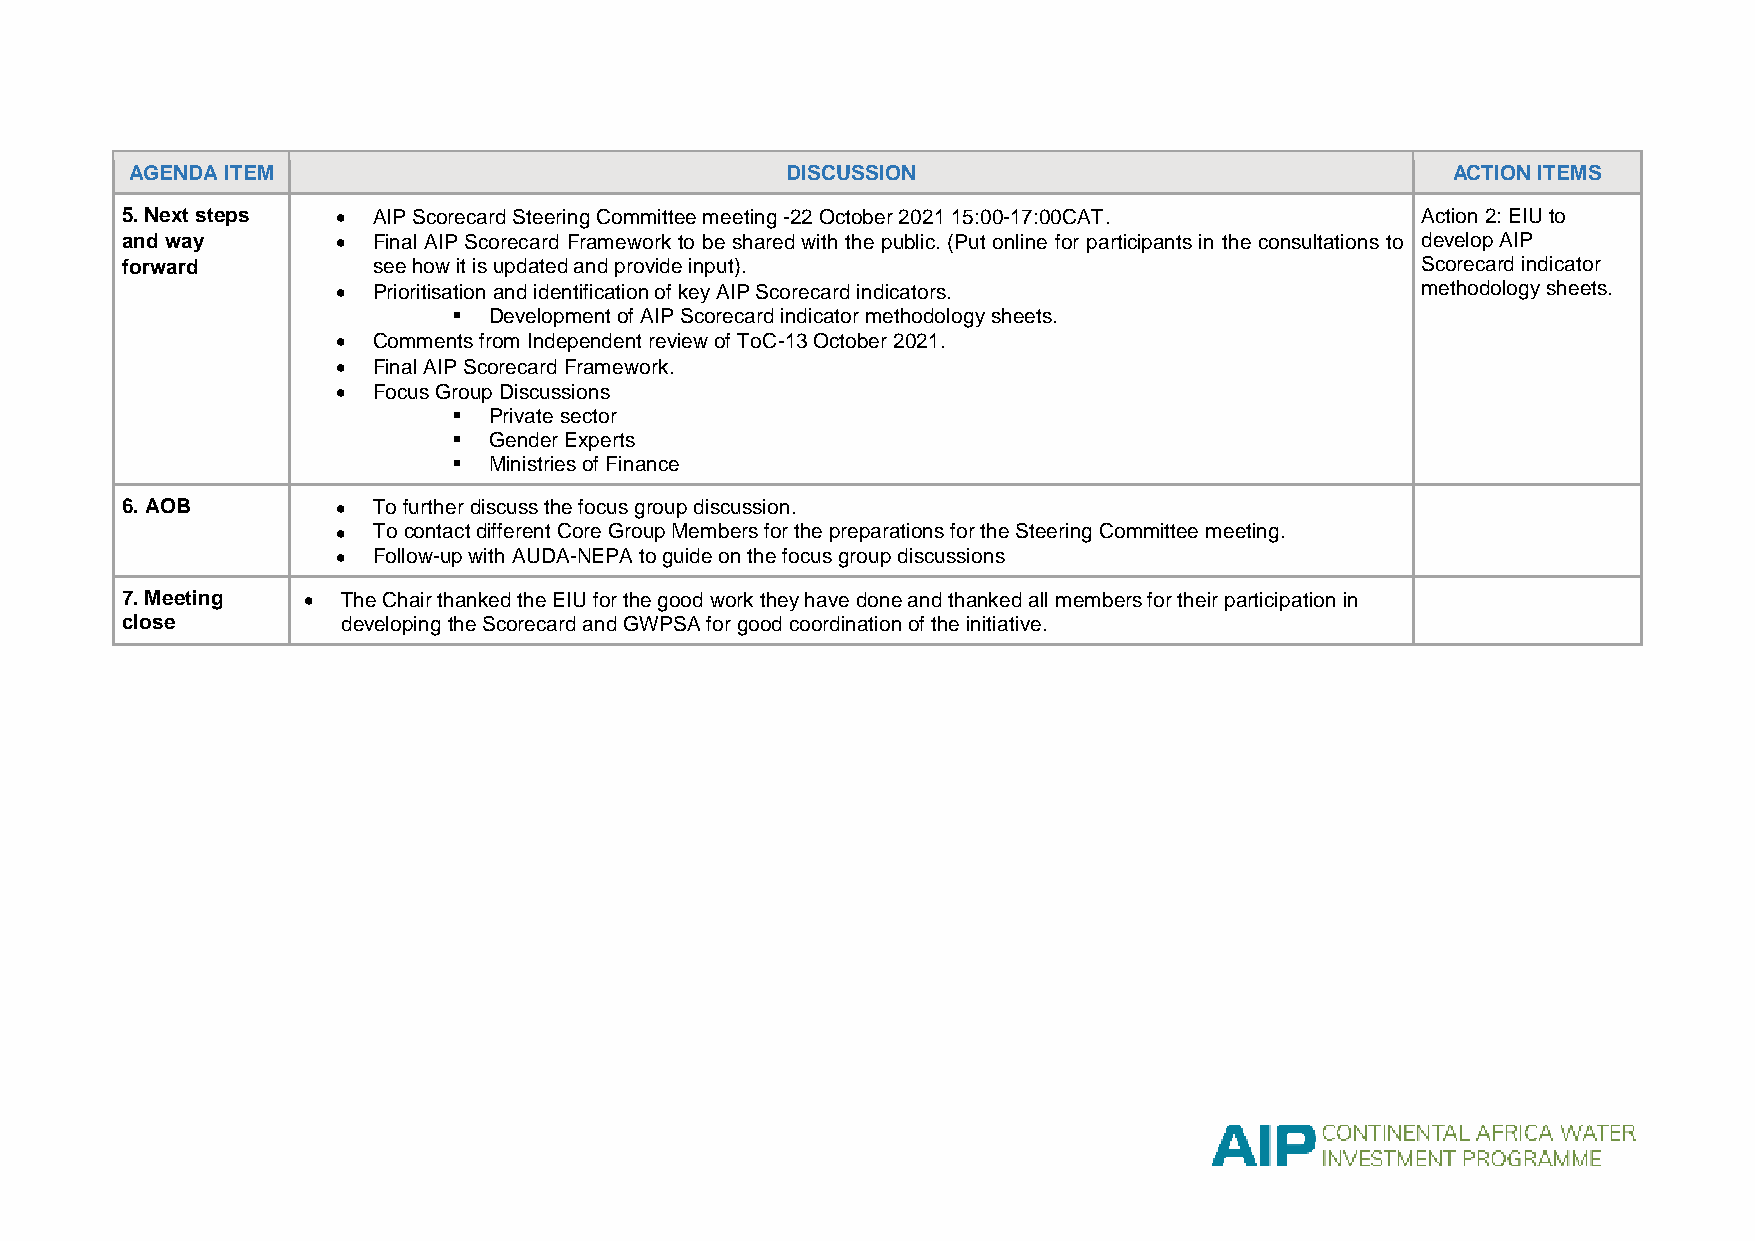
AGENDA ITEM                                DISCUSSION                                  ACTION ITEMS
 5. Next steps   AIP Scorecard Steering Committee meeting -22 October 2021 15:00-17:00CAT. Action 2: EIU to
 and way         Final AIP Scorecard Framework to be shared with the public. (Put online for participants in the consultations to develop AIP
 forward          see how it is updated and provide input).                            Scorecard indicator
   Prioritisation and identification of key AIP Scorecard indicators.   methodology sheets.
  Development of AIP Scorecard indicator methodology sheets.
   Comments from Independent review of ToC-13 October 2021.
   Final AIP Scorecard Framework.
   Focus Group Discussions
  Private sector
  Gender Experts
  Ministries of Finance
 6. AOB          To further discuss the focus group discussion.
   To contact different Core Group Members for the preparations for the Steering Committee meeting.
   Follow-up with AUDA-NEPA to guide on the focus group discussions
 7. Meeting    The Chair thanked the EIU for the good work they have done and thanked all members for their participation in
 close          developing the Scorecard and GWPSA for good coordination of the initiative.